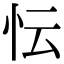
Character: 忶